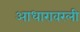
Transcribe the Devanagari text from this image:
आधारावरली